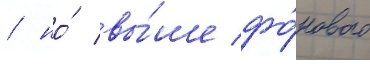
/ но́ вы́ше фо́нового